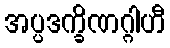
အပ္ပဒက္ခိဏဂ္ဂါဟီ